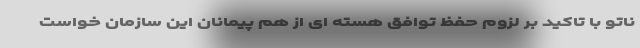
ناتو با تاکید بر لزوم حفظ توافق هسته ای از هم پیمانان این سازمان خواست